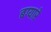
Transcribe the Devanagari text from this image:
बग्यारे